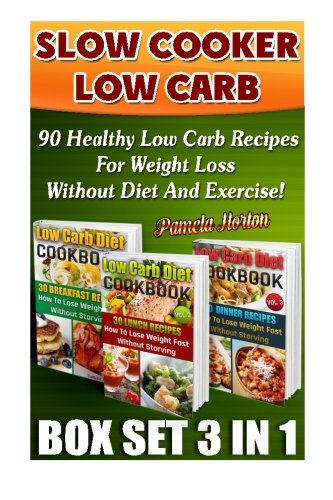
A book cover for Slow Cooker Low Carb BOX SET 3 IN 1: 90 Healthy Low Carb Recipes For Weight Loss Without Diet And Exercise!: (high protein, low carb diet books, low ... Cookbook, Low Carb High Fat Diet) (Volume 4); Pamela Horton; Cookbooks, Food & Wine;